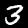
Digit: 3